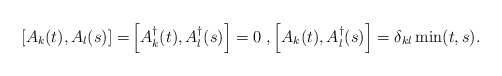
\begin{align*}\left[A_k(t),A_l(s)\right] = &\left[A^{\dagger}_k(t),A^{\dagger}_l(s)\right] = 0 \; , \left[A_k(t),A^{\dagger}_l(s)\right] = \delta_{kl} \min(t,s).\end{align*}